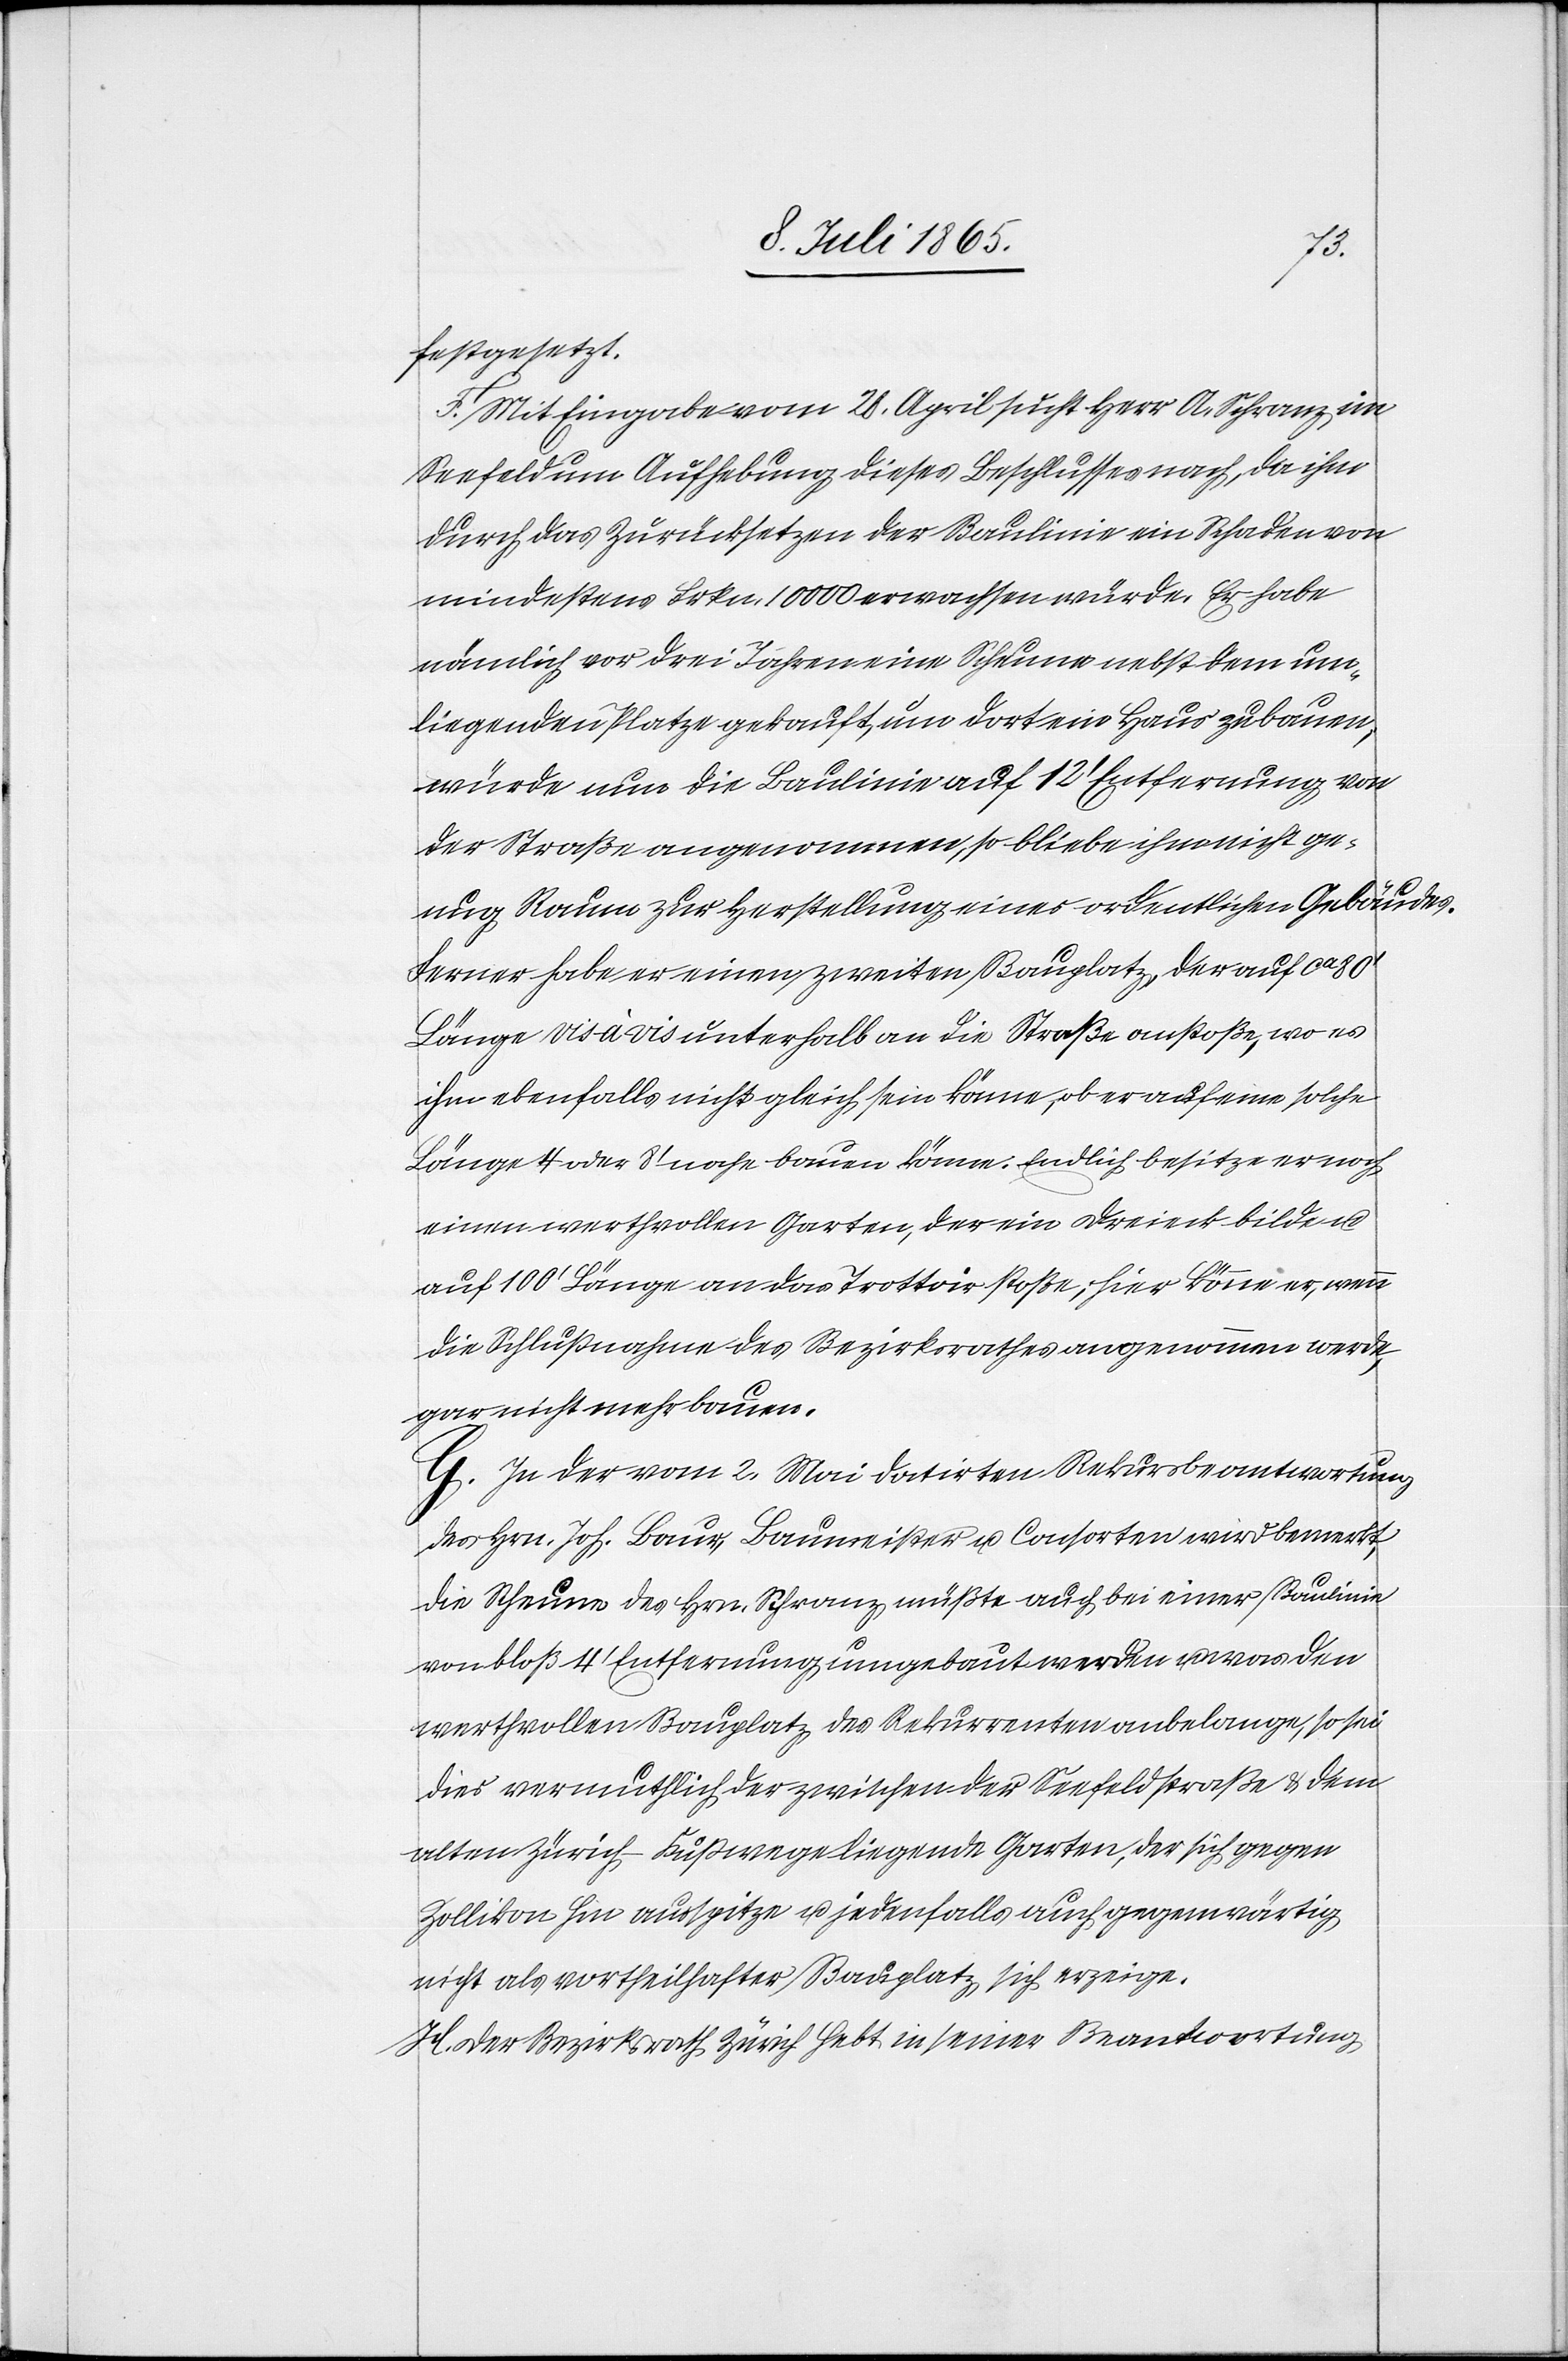
festgesetzt.
F. Mit Eingabe vom 28. April sucht Herr A. Schranz im
Seefeld um Aufhebung dieses Beschlusses nach, da ihm
durch das Zurücksetzen der Baulinie ein Schaden von
mindestens Frkn. 10 000 erwachsen würde. Er habe
nämlich vor drei Jahren eine Scheune nebst dem um¬
liegenden Platze gekauft, um dort ein Haus zu bauen;
würde nun die Baulinie auf 12’ Entfernung von
der Straße angenommen, so bliebe ihm nicht ge¬
nug Raum zur Herstellung eines ordentlichen Gebä¬
Ferner habe er einen zweiten Bauplatz, der auf ca
Länge vis à vis unterhalb an die Straße anstoße, wo es
ihm ebenfalls nicht gleich sein könne, ob er auf eine solche
Länge 4 oder 8’ nahe bauen könne. Endlich besitze er noch
einen werthvollen Garten, der ein Dreieck bilde u.
auf 100’ Länge an das Trottoir stoße; hier könne er, wenn
die Schlußnahme des Bezirksrathes angenommen werde,
gar nicht mehr bauen.
G. In der vom 2. Mai datirten Rekursbeantwortung
des Hrn. Joh. Baur, Baumeister u. Consorten wird bemerkt,
die Scheune des Hrn. Schranz müßte auch bei einer Baulinie
von bloß 4’ Entfernung umgebaut werden u. was den
werthvollen Bauplatz des Rekurrenten anbelange, so sei
dies vermuthlich der zwischen der Seefeldstraße u. dem
alten Zürich-Fußwege liegende Garten, der sich gegen
Zollikon hin ausspitze u. jedenfalls auch gegenwärtig
nicht als vortheilhafter Bauplatz sich erzeige.
H. Der Bezirksrath Zürich hebt in seiner Beantwortung

udes.